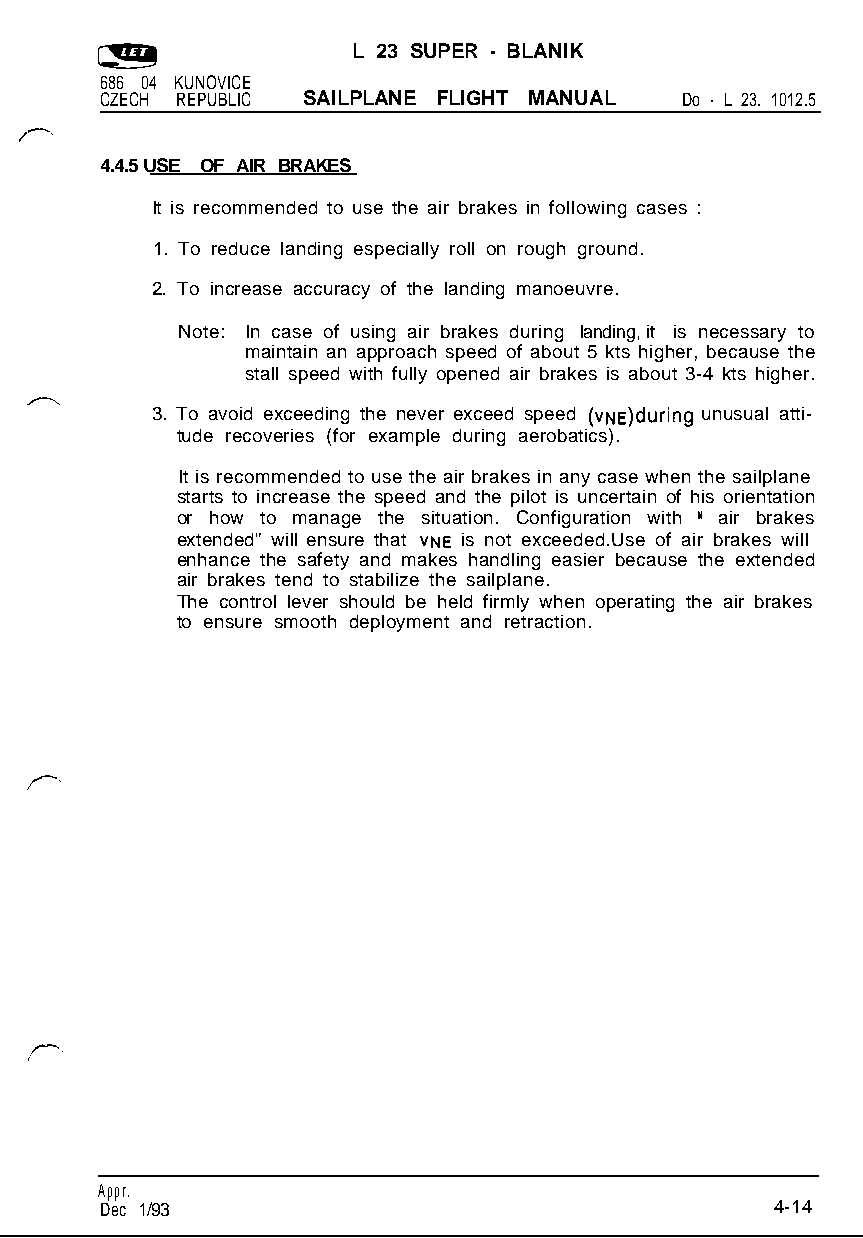
L 23 SUPER - BLANIK
 686 04 KUNOVICE
 CZECH REPUBLIC SAILPLANE FLIGHT MANUAL Do - L 23. 1012.5
 4.4.5 USE OF AIR BRAKES
 It is recommended to use the air brakes in following cases :
 1. To reduce landing especially roll on rough ground.
 2. To increase accuracy of the landing manoeuvre.
 Note: In case of using air brakes during landing, it is necessary to
 maintain an approach speed of about 5 kts higher, because the
 stall speed with fully opened air brakes is about 3-4 kts higher.
 3. To avoid exceeding the never exceed speed (vNE)during unusual atti-
 tude recoveries (for example during aerobatics).
 It is recommended to use the air brakes in any case when the sailplane
 starts to increase the speed and the pilot is uncertain of his orientation
 or how to manage the situation. Configuration with I‘ air brakes
 extended” will ensure that VNE is not exceeded.Use of air brakes will
 enhance the safety and makes handling easier because the extended
 air brakes tend to stabilize the sailplane.
 The control lever should be held firmly when operating the air brakes
 to ensure smooth deployment and retraction.
 Appr.
 Dec 1/93                                    4-14